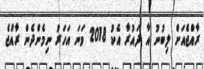
ރާއްޖެއަށް ލިބުނު އާ ދައުރާ އެކު 2018 ވަނަ އަހަރު ނިމެންދެން ރާއްޖެ